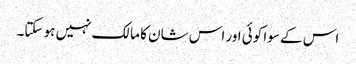
اس کے سوا کوئی اور اس شان کا مالک نہیں ہو سکتا۔